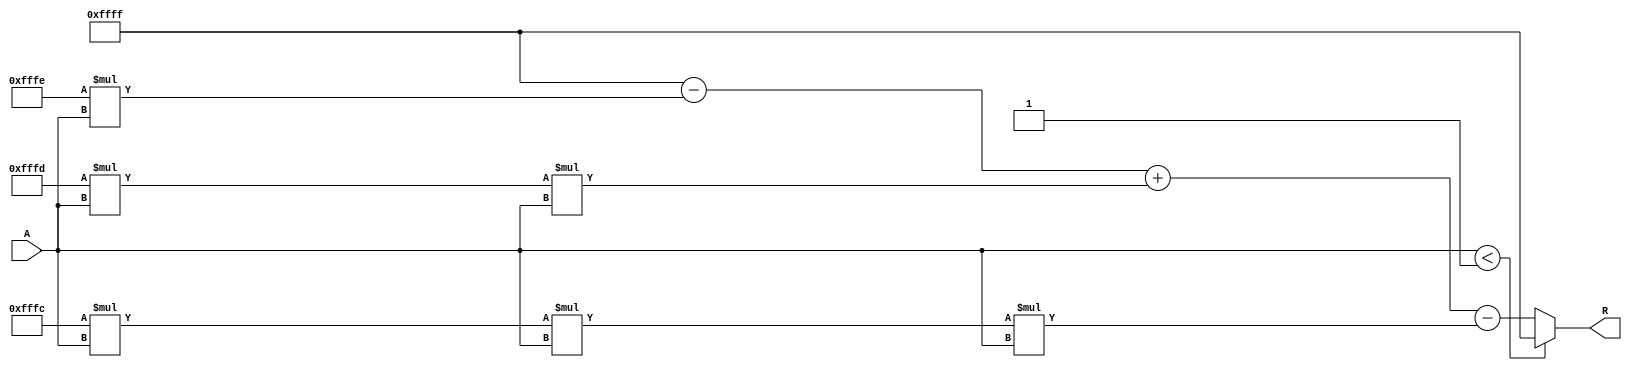
module approx_reciprocal (
    input  wire [15:0] A,    // Input data (16-bit fixed-point)
    output reg  [15:0] R     // Output data (approximate reciprocal)
);

    // Parameters for approximation
    parameter ZERO_THRESHOLD = 16'h0001; // Threshold to avoid division by zero

    // Polynomial coefficients for approximation (example: 1/(1+x) ~ 1 - x + x^2 - x^3)
    // These coefficients can be adjusted based on the desired accuracy
    parameter COEF_0 = 16'hFFFF; // 1.0 in fixed-point
    parameter COEF_1 = 16'hFFFE; // -1.0 in fixed-point
    parameter COEF_2 = 16'hFFFD; // +1.0 in fixed-point
    parameter COEF_3 = 16'hFFFC; // -1.0 in fixed-point

    // Internal signals
    reg [15:0] x; // Normalized input
    reg [15:0] approx;

    always @(*) begin
        // Normalize input A to [0, 1] range
        if (A < ZERO_THRESHOLD) begin
            R = 16'hFFFF; // Return a predefined value for division by zero
        end else begin
            // Normalize input (simple scaling for fixed-point)
            x = A; // Assuming A is already in the range [0, 1]

            // Approximate reciprocal using polynomial approximation
            approx = COEF_0 - (COEF_1 * x) + (COEF_2 * x * x) - (COEF_3 * x * x * x);

            // Scale the result back to match the input format
            R = approx;
        end
    end

endmodule